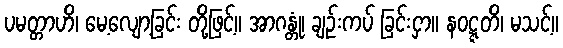
ပမတ္တာဟိ၊ မေ့လျော့ခြင်း တို့ဖြင့်။ အာဂန္တုံ၊ ချဉ်းကပ် ခြင်းငှာ။ နဝဋ္ဋတိ၊ မသင့်။